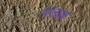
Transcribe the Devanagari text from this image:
गोलाक